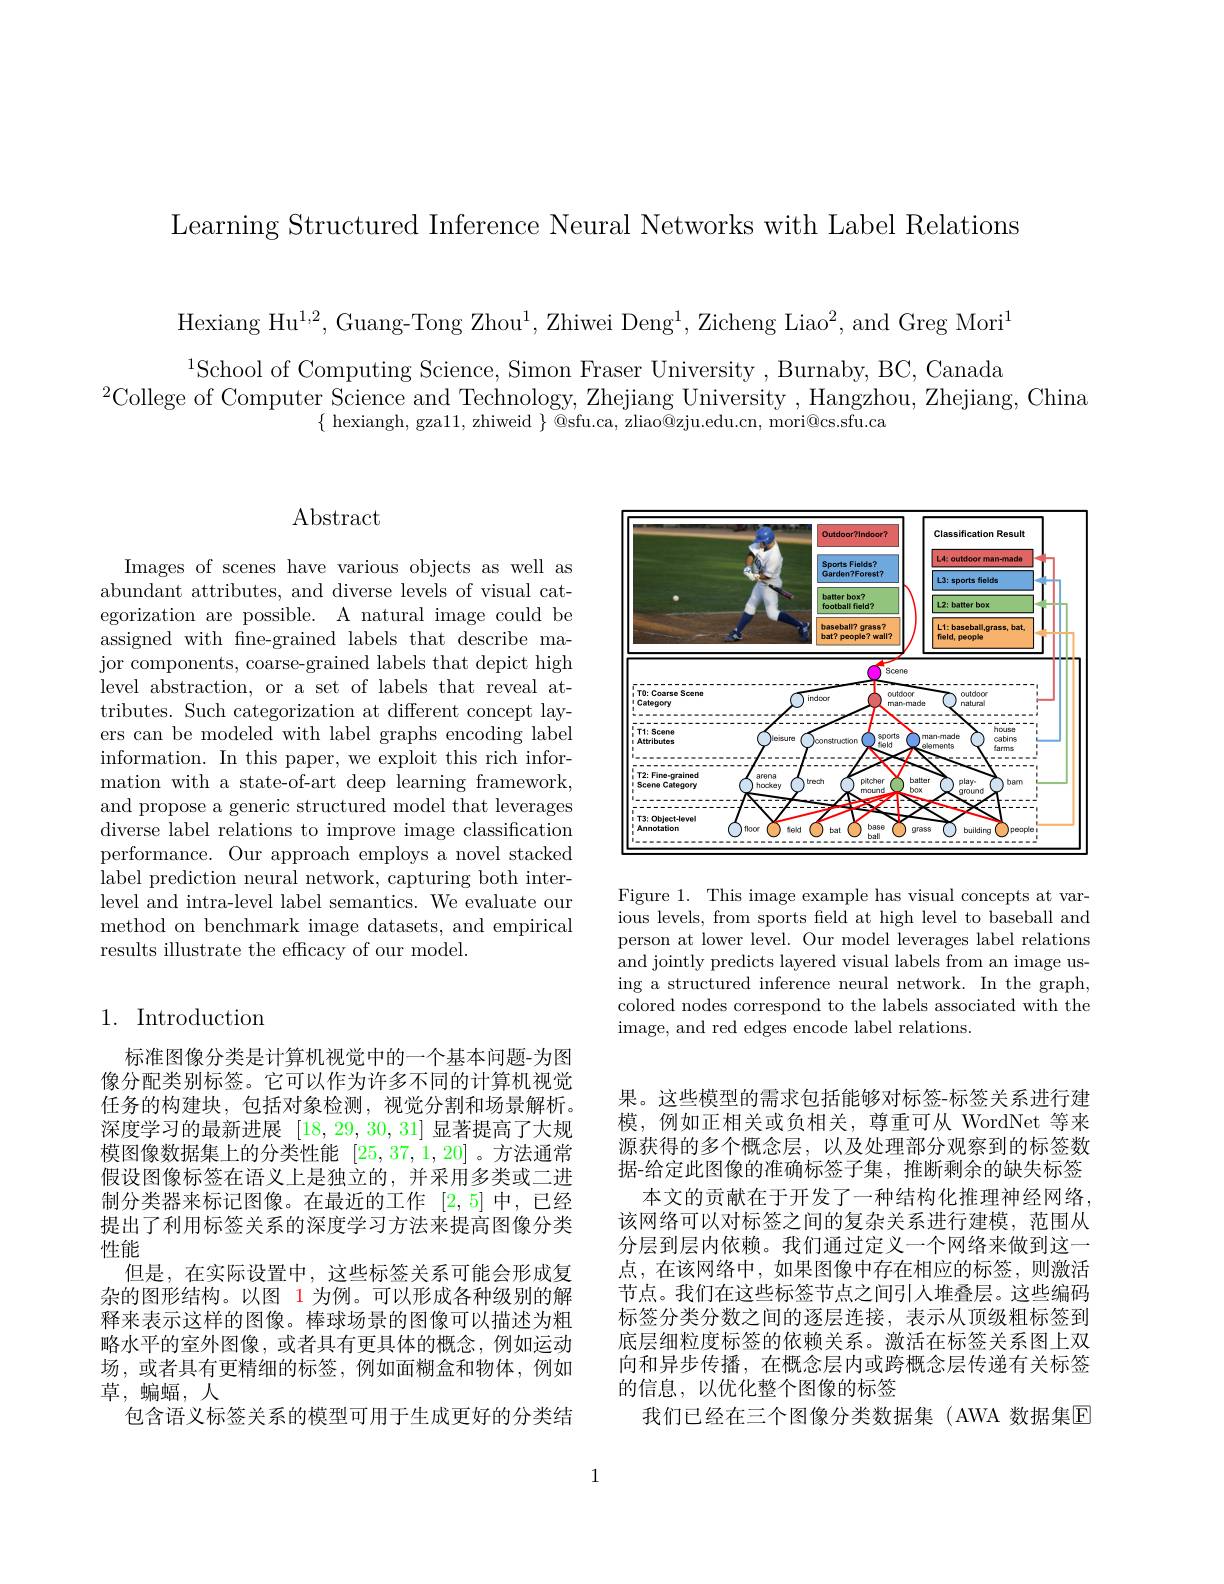
Learning Structured Inference Neural Networks with Label Relations

Hexiang Hu$^1,2$, Guang-Tong Zhou$^1$, Zhiwei Deng$^1$,Zicheng Liao$^2$, and Greg Mori$^1$ $^{1}$School of Computing Science, Simon Fraser University, Burnaby, BC, Canada
$^{2}$College of Computer Science and Technology, Zhejiang University, Hangzhou, Zhejiang, China
$\{$ hexiangh, gza11, zhiweid $\}$ @sfu.ca, zliao@zju.edu.cn, mori@cs.sfu.ca

## $\operatorname{Abstract}$

Images of scenes have various objects as well as abundant attributes, and diverse levels of visual categorization are possible. A natural image could be assigned with fne-grained labels that describe major components, coarse-grained labels that depict high level abstraction, or a set of labels that reveal attributes. Such categorization at different concept layers can be modeled with label graphs encoding label information. In this paper, we exploit this rich information with a state-of-art deep learning framework, and propose a generic structured model that leverages diverse label relations to improve image classification performance. Our approach employs a novel stacked label prediction neural network, capturing both interlevel and intra-level label semantics. We evaluate our method on benchmark image datasets, and empirical results illustrate the efficacy of our model.

## 1. Introduction

标准图像分类是计算机视觉中的一个基本问题-为图像分配类别标签。它可以作为许多不同的计算机视觉任务的构建块，包括对象检测，视觉分割和场景解析。深度学习的最新进展[18,29,30,31]显著提高了大规模图像数据集上的分类性能[25,37,1,20] 。方法通常假设图像标签在语义上是独立的，并采用多类或二进制分类器来标记图像。在最近的工作[2,5]中，已经提出了利用标签关系的深度学习方法来提高图像分类性能
但是，在实际设置中，这些标签关系可能会形成复杂的图形结构。以图 1 为例。可以形成各种级别的解释来表示这样的图像。棒球场景的图像可以描述为粗略水平的室外图像，或者具有更具体的概念，例如运动场，或者具有更精细的标签，例如面糊盒和物体，例如草，蝙蝠，人
包含语义标签关系的模型可用于生成更好的分类结

<FigureHere>

Figure 1. This image example has visual concepts at various levels, from sports feld at high level to baseball and person at lower level. Our model leverages label relations and jointly predicts layered visual labels from an image using a structured inference neural network. In the graph, colored nodes correspond to the labels associated with the image, and red edges encode label relations.

果。这些模型的需求包括能够对标签-标签关系进行建模，例如正相关或负相关，尊重可从 WordNet 等来源获得的多个概念层，以及处理部分观察到的标签数据-给定此图像的准确标签子集，推断剩余的缺失标签
本文的贡献在于开发了一种结构化推理神经网络该网络可以对标签之间的复杂关系进行建模，范围从分层到层内依赖。我们通过定义一个网络来做到这一点，在该网络中，如果图像中存在相应的标签，则激活节点。我们在这些标签节点之间引人堆叠层。这些编码标签分类分数之间的逐层连接，表示从顶级粗标签到底层细粒度标签的依赖关系。激活在标签关系图上双向和异步传播，在概念层内或跨概念层传递有关标签的信息，以优化整个图像的标签
我们已经在三个图像分类数据集(AWA 数据集E

1